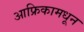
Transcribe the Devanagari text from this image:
आफ्रिकामधून